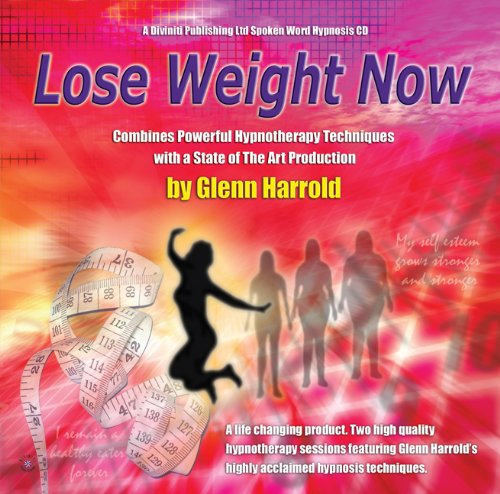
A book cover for Lose Weight Now (Diviniti); Glenn Harrold; Self-Help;